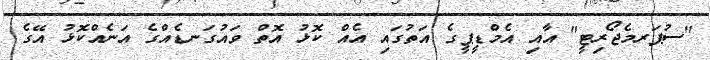
"ސުޕަރމެޖޯރިޓީ" އާއި އެމްޑީޕީގެ އަތުގައި އެއް ކޮޅު އޮތް ވައުގަނޑެއްގެ އަނެއްކޮޅު އޭގެ